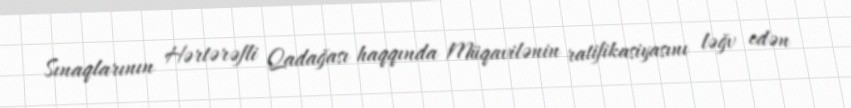
Sınaqlarının Hərtərəfli Qadağası haqqında Müqavilənin ratifikasiyasını ləğv edən